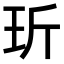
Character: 𤤆